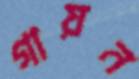
গায়ন